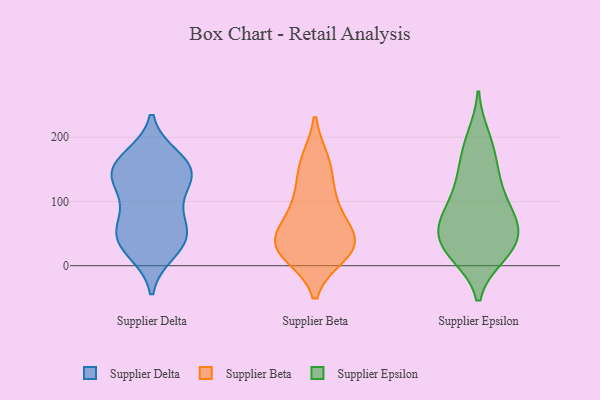
{"axis": {"x": "Page Views", "y": "Value"}, "legend": ["Supplier Beta", "Supplier Delta", "Supplier Epsilon"], "data": [{"x": "", "y": 87, "type": "Supplier Delta"}, {"x": "", "y": 74, "type": "Supplier Delta"}, {"x": "", "y": 130, "type": "Supplier Delta"}, {"x": "", "y": 156, "type": "Supplier Delta"}, {"x": "", "y": 168, "type": "Supplier Delta"}, {"x": "", "y": 140, "type": "Supplier Delta"}, {"x": "", "y": 38, "type": "Supplier Delta"}, {"x": "", "y": 130, "type": "Supplier Delta"}, {"x": "", "y": 145, "type": "Supplier Delta"}, {"x": "", "y": 53, "type": "Supplier Delta"}, {"x": "", "y": 160, "type": "Supplier Delta"}, {"x": "", "y": 35, "type": "Supplier Delta"}, {"x": "", "y": 46, "type": "Supplier Delta"}, {"x": "", "y": 22, "type": "Supplier Delta"}, {"x": "", "y": 106, "type": "Supplier Beta"}, {"x": "", "y": 64, "type": "Supplier Beta"}, {"x": "", "y": 162, "type": "Supplier Beta"}, {"x": "", "y": 157, "type": "Supplier Beta"}, {"x": "", "y": 18, "type": "Supplier Beta"}, {"x": "", "y": 27, "type": "Supplier Beta"}, {"x": "", "y": 101, "type": "Supplier Beta"}, {"x": "", "y": 28, "type": "Supplier Beta"}, {"x": "", "y": 48, "type": "Supplier Beta"}, {"x": "", "y": 35, "type": "Supplier Beta"}, {"x": "", "y": 31, "type": "Supplier Beta"}, {"x": "", "y": 139, "type": "Supplier Epsilon"}, {"x": "", "y": 61, "type": "Supplier Epsilon"}, {"x": "", "y": 131, "type": "Supplier Epsilon"}, {"x": "", "y": 56, "type": "Supplier Epsilon"}, {"x": "", "y": 95, "type": "Supplier Epsilon"}, {"x": "", "y": 158, "type": "Supplier Epsilon"}, {"x": "", "y": 27, "type": "Supplier Epsilon"}, {"x": "", "y": 20, "type": "Supplier Epsilon"}, {"x": "", "y": 17, "type": "Supplier Epsilon"}, {"x": "", "y": 69, "type": "Supplier Epsilon"}, {"x": "", "y": 200, "type": "Supplier Epsilon"}, {"x": "", "y": 19, "type": "Supplier Epsilon"}, {"x": "", "y": 75, "type": "Supplier Epsilon"}, {"x": "", "y": 99, "type": "Supplier Epsilon"}, {"x": "", "y": 55, "type": "Supplier Epsilon"}, {"x": "", "y": 188, "type": "Supplier Epsilon"}, {"x": "", "y": 39, "type": "Supplier Epsilon"}]}